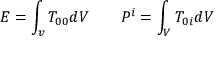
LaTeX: E = \int _ { v } T _ { 0 0 } d V \qquad P ^ { i } = \int _ { V } T _ { 0 i } d V